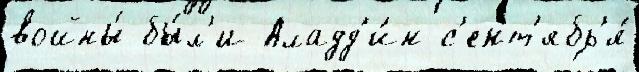
войны́ бы́л'и Аладд'и́н с'ент'ябр'я́